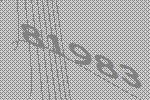
81983